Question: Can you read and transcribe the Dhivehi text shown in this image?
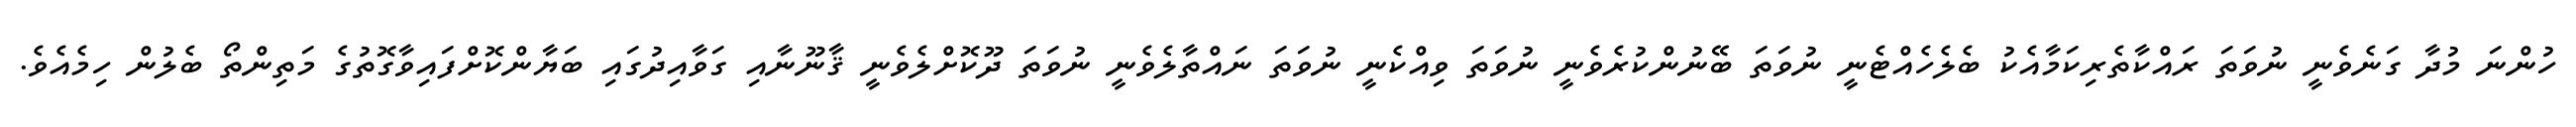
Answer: ހުންނަ މުދާ ގަނެވެނީ ނުވަތަ ރައްކާތެރިކަމާއެކު ބެލެހެއްޓެނީ ނުވަތަ ބޭނުންކުރެވެނީ ނުވަތަ ވިއްކެނީ ނުވަތަ ނައްތާލެވެނީ ނުވަތަ ދޫކޮށްލެވެނީ ޤާނޫނާއި ގަވާއިދުގައި ބަޔާންކޮށްފައިވާގޮތުގެ މަތިންތޯ ބެލުން ހިމެއެވެ.